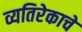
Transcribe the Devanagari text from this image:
व्यतिरेकाचे